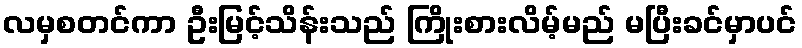
လမှစတင်ကာ ဦးမြင့်သိန်းသည် ကြိုးစားလိမ့်မည် မပြီးခင်မှာပင်